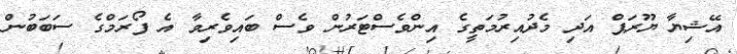
އޭޝިޔާ ޔޫރަޕް އަދި މެދުއިރުމަތީގެ އިންވެސްޓަރުން ވެސް ބައިވެރިވާ އެ ފޯރަމްގެ ސަބަބުން